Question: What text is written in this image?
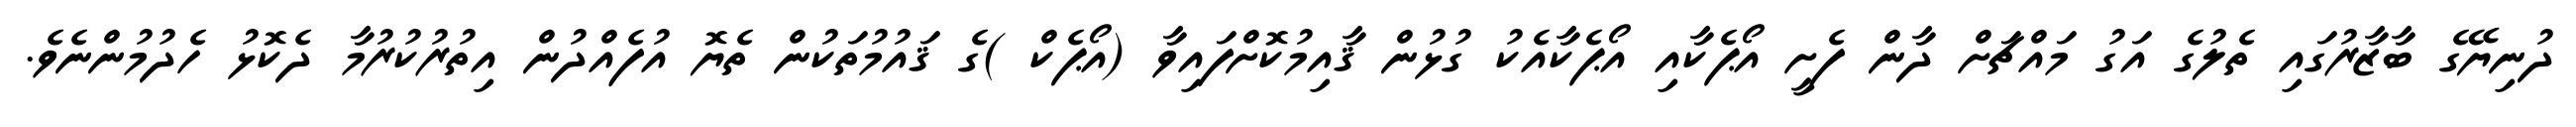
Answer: ދުނިޔޭގެ ބާޒާރުގައި ތެލުގެ އަގު މައްޗަށް ދާން ފެށީ އޯޕެކާއި އޯޕެކާއެކު ގުޅުން ޤާއިމުކޮށްފައިވާ (އޯޕެކް )ގެ ޤައުމުތަކުން ތެޔޮ އުފެއްދުން އިތުރުކުރުމާ ދެކޮޅު ހެދުމުންނެވެ.